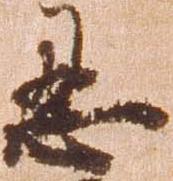
忍